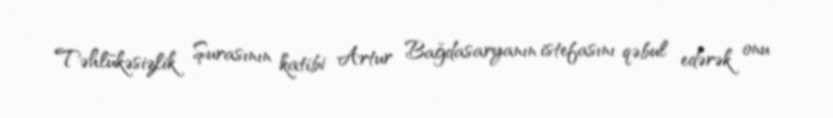
Təhlükəsizlik Şurasının katibi Artur Bağdasaryanın istefasını qəbul edərək onu